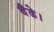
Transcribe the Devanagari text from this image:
बैढे।